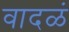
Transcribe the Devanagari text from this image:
वादळं